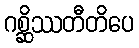
ဂစ္ဆိဿတီတိပေ